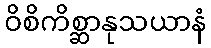
ဝိစိကိစ္ဆာနုသယာနံ